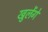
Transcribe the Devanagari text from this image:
खुलेंगे